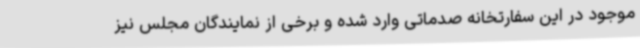
موجود در این سفارتخانه صدماتی وارد شده و برخی از نمایندگان مجلس نیز